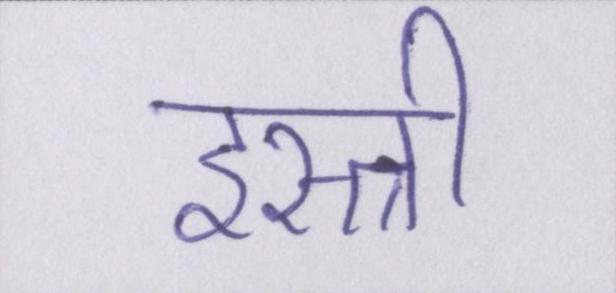
इस्त्री